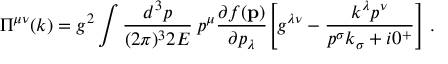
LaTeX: \Pi ^ { \mu \nu } ( k ) = g ^ { 2 } \int { \frac { d ^ { 3 } p } { ( 2 \pi ) ^ { 3 } 2 E } } \: p ^ { \mu } { \frac { \partial f ( { \bf p } ) } { \partial p _ { \lambda } } } \Bigg [ g ^ { \lambda \nu } - { \frac { k ^ { \lambda } p ^ { \nu } } { p ^ { \sigma } k _ { \sigma } + i 0 ^ { + } } } \Bigg ] \; .